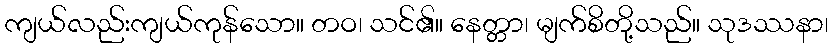
ကျယ်လည်းကျယ်ကုန်သော။ တဝ၊ သင်၏။ နေတ္တာ၊ မျက်စိတို့သည်။ သုဒဿနာ၊